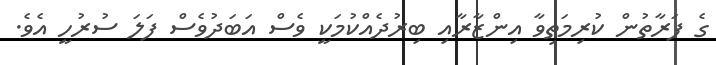
ގެ ފަރާތުން ކުރިމަތިވާ އިންޒާރާއި ބިރުދެއްކުމަކީ ވެސް އަބަދުވެސް ފަލަ ސުރުހީ އެވެ.